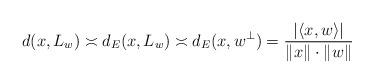
LaTeX: \begin{align*} d(x,L_w) \asymp d_E(x,L_w) \asymp d_E(x,w^\perp) = \frac{|\langle x,w \rangle|}{\|x\|\cdot \|w\|} \end{align*}